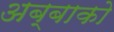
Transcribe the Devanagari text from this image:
अब्बाको